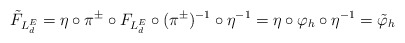
\begin{align*}\tilde F_{L^E_d} = \eta \circ \pi^\pm\circ F_{L^E_d} \circ (\pi^\pm)^{-1}\circ \eta^{-1} = \eta \circ \varphi_h \circ \eta^{-1} = \tilde \varphi_h\end{align*}